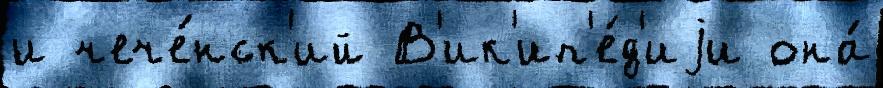
и чече́нск'ий В'ик'ип'е́д'иjи она́